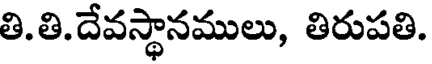
తి.తి.దేవస్థానములు, తిరుపతి.